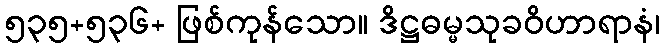
၅၃၅+၅၃၆+ ဖြစ်ကုန်သော။ ဒိဋ္ဌဓမ္မသုခဝိဟာရာနံ၊